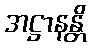
အဋ္ဌာနန္တိ